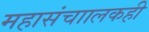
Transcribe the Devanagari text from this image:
महासंचाालकही